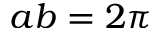
a b = 2 \pi